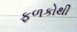
ફળકોથી